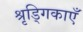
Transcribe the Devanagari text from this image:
श्रृड्गिकाएँ